Sanitation, dispensaries and jails vaccination Rajputana 1922-1927 - 1922-1927
Year: 1922
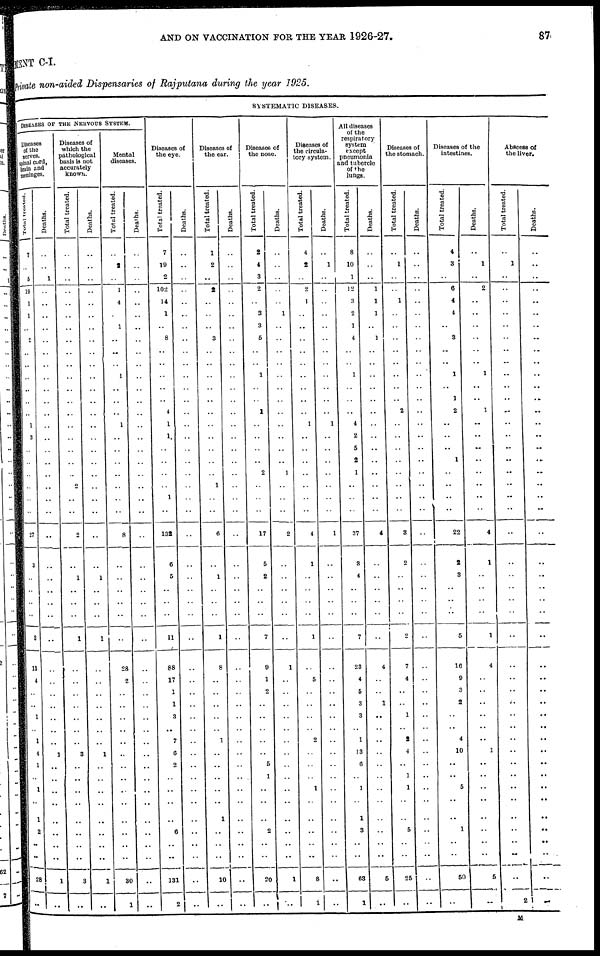
AND ON VACCINATION FOR THE YEAR 1926-27.
87
MENT C-I.
Private non-aided Dispensaries of Rajputana during the year 1925.
SYSTEMATIC DISEASES.
DISEASES OF THE NERVOUS SYSTEM.
Diseases
of the
nerves,
spinal cord,
brain and
meninges.
Total treated.
7
..
5
19
1
1
..
2
..
..
..
..
..
..
1
3
..
..
..
..
..
..
27
3
..
..
..
..
3
13
4
..
..
1
..
1
4
1
..
1
..
1
2
..
..
28
..
Deaths.
..
..
1
..
..
..
..
..
..
..
..
..
..
..
..
..
..
..
..
..
..
..
..
..
..
..
..
..
..
..
..
..
..
..
..
..
1
..
..
..
..
..
..
..
..
1
..
Diseases of
which the
pathological
basis is not
accurately
known.
Total treated.
..
..
..
..
..
..
..
..
..
..
..
..
..
..
..
..
..
..
..
..
..
..
2
..
1
..
..
..
1
..
..
..
..
..
..
..
3
..
..
..
..
..
..
..
..
3
..
Deaths.
..
..
..
..
..
..
..
..
..
..
..
..
..
..
..
..
..
..
..
..
..
..
..
..
1
..
..
..
1
..
..
..
..
..
..
..
1
..
..
..
..
..
..
..
..
1
..
Mental
diseases.
Total treated.
..
2
..
1
4
..
1
..
..
..
1
..
..
..
1
..
..
..
..
..
..
..
8
..
..
..
..
..
..
28
2
..
..
..
..
..
..
..
..
..
..
..
..
..
..
30
1
Deaths.
..
..
..
..
..
..
..
..
..
..
..
..
..
..
..
..
..
..
..
..
..
..
..
..
..
..
..
..
..
..
..
..
..
..
..
..
..
..
..
..
..
..
..
..
..
..
..
Diseases of
the eye.
Total treated.
7
19
2
102
14
1
..
8
..
..
..
..
..
4
1
1
..
..
..
..
1
..
132
6
5
..
..
..
11
88
17
1
1
3
..
7
6
2
..
..
..
..
6
..
..
131
2
Deaths.
..
..
..
..
..
..
..
..
..
..
..
..
..
..
..
..
..
..
..
..
..
..
..
..
..
..
..
..
..
..
..
..
..
..
..
..
..
..
..
..
..
..
..
..
..
..
..
Diseases of
the ear.
Total treated.
1
2
..
2
..
..
..
3
..
..
..
..
..
..
..
..
..
..
..
1
..
..
6
..
1
..
..
..
1
8
..
..
..
..
..
1
..
..
..
..
..
1
..
..
..
10
..
Deaths.
..
..
..
..
..
..
..
..
..
..
..
..
..
..
..
..
..
..
..
..
..
..
..
..
..
..
..
..
..
..
..
..
..
..
..
..
..
..
..
..
..
..
..
..
..
..
..
Diseases of
the nose.
Total treated.
2
4
3
2
..
3
3
5
..
..
1
..
..
1
..
..
..
..
2
..
..
..
17
5
2
..
..
..
7
9
1
2
..
..
..
..
..
5
1
..
..
..
2
..
..
20
..
Deaths.
..
..
..
..
..
1
..
..
..
..
..
..
..
..
..
..
..
..
1
..
..
..
2
..
..
..
..
..
..
1
..
..
..
..
..
..
..
..
..
..
..
..
..
..
..
1
..
Diseases of
the circula-
tory system.
Total treated.
4
2
..
2
1
..
..
..
..
..
..
..
..
..
1
..
..
..
..
..
..
..
4
1
..
..
..
..
1
..
5
..
..
..
..
2
..
..
..
1
..
..
..
..
..
8
1
Deaths.
..
1
..
..
..
..
..
..
..
..
..
..
..
..
1
..
..
..
..
..
..
..
1
..
..
..
..
..
..
..
..
..
..
..
..
..
..
..
..
..
..
..
..
..
..
..
..
All diseases
of the
respiratory
system
except
pneumonia
and tubercle
of the
lungs.
Total treated.
8
10
1
12
3
2
1
4
..
..
1
..
..
..
4
2
5
2
1
..
..
..
37
3
4
..
..
..
7
23
4
5
3
8
..
1
13
6
..
1
..
1
3
..
..
63
1
Deaths.
..
..
..
1
1
1
..
1
..
..
..
..
..
..
..
..
..
..
..
..
..
..
4
..
..
..
..
..
..
4
..
..
1
..
..
..
..
..
..
..
..
..
..
..
..
5
..
Diseases of
the stomach.
Total treated.
..
1
..
..
1
..
..
..
..
..
..
..
..
2
..
..
..
..
..
..
..
..
3
2
..
..
..
..
2
7
4
..
..
1
..
2
4
..
1
1
..
..
5
..
..
25
..
Deaths.
..
..
..
..
..
..
..
..
..
..
..
..
..
..
..
..
..
..
..
..
..
..
..
..
..
..
..
..
..
..
..
..
..
..
..
..
..
..
..
..
..
..
..
..
..
..
..
Diseases of the
intestines.
Total treated.
4
3
..
6
4
4
..
3
..
..
1
..
1
2
..
..
..
1
..
..
..
..
22
2
3
..
..
..
5
16
9
3
2
..
..
4
10
..
..
5
..
..
1
..
..
50
..
Deaths.
..
1
..
2
..
..
..
..
..
..
1
..
..
1
..
..
..
..
..
..
..
..
4
1
..
..
..
..
1
4
..
..
..
..
..
..
1
..
..
..
..
..
..
..
..
5
..
Abscess of
the liver.
Total treated.
..
1
..
..
..
..
..
..
..
..
..
..
..
..
..
..
..
..
..
..
..
..
..
..
..
..
..
..
..
..
..
..
..
..
..
..
..
..
..
..
..
..
..
..
..
..
2
Deaths.
..
..
..
..
..
..
..
..
..
..
..
..
..
..
..
..
..
..
..
..
..
..
..
..
..
..
..
..
..
..
..
..
..
..
..
..
..
..
..
..
..
..
..
..
..
..
..
M